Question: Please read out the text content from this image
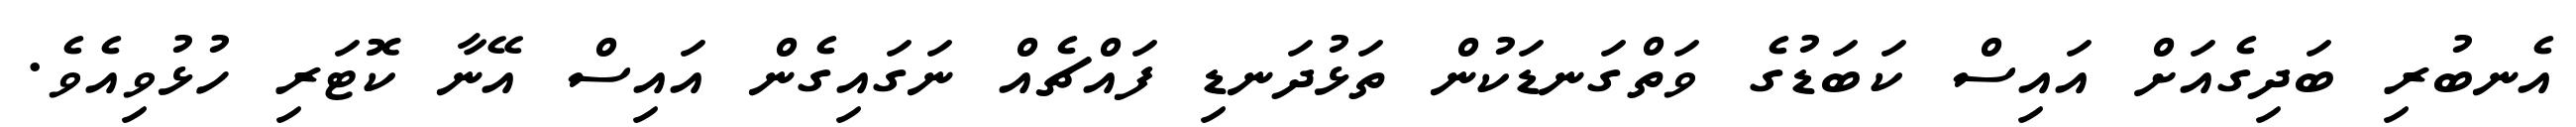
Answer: އެނބުރި ބަދިގެއަށް އައިސް ކަބަޑުގެ ވަތްގަނޑަކުން ތަޅުދަނޑި ފައްޗެއް ނަގައިގެން އައިސް އޭނާ ކޮޓަރި ހުޅުވިއެވެ.